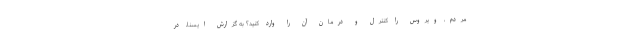
مردم، ویروس را کنترل و درمان آن را وارد کنید؟ به گزارش ایسنا، در